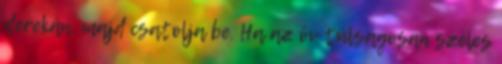
derekán, majd csatolja be. Ha az öv túlságosan széles